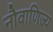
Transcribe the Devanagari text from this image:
नौवाणिज्य